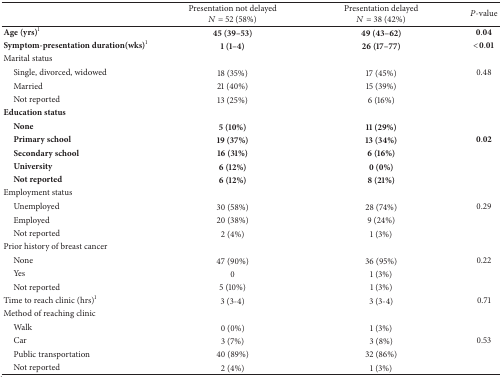
<table><thead><tr><td><b> </b></td><td><b>Presentation not delayed <i>N</i> = 52 (58%)</b></td><td><b>Presentation delayed <i>N</i> = 38 (42%)</b></td><td><b><i>P</i>-value</b></td></tr></thead><tbody><tr><td><b>Age (yrs)</b><sup>1</sup></td><td><b>45 (39–53)</b></td><td><b>49 (43–62)</b></td><td><b>0</b>.<b>04</b></td></tr><tr><td><b>Symptom-presentation duration(wks)</b><sup>1</sup></td><td><b>1 (1–4)</b></td><td><b>26 (17–77)</b></td><td><b>&lt;0</b>.<b>01</b></td></tr><tr><td>Marital status</td><td> </td><td> </td><td> </td></tr><tr><td> Single, divorced, widowed</td><td>18 (35%)</td><td>17 (45%)</td><td>0.48</td></tr><tr><td> Married</td><td>21 (40%)</td><td>15 (39%)</td><td> </td></tr><tr><td> Not reported</td><td>13 (25%)</td><td>6 (16%)</td><td> </td></tr><tr><td><b>Education status</b></td><td> </td><td> </td><td> </td></tr><tr><td> <b>None</b></td><td><b>5 (10%)</b></td><td><b>11 (29%)</b></td><td> </td></tr><tr><td> <b>Primary school</b></td><td><b>19 (37%)</b></td><td><b>13 (34%)</b></td><td><b>0</b>.<b>02</b></td></tr><tr><td> <b>Secondary school</b></td><td><b>16 (31%)</b></td><td><b>6 (16%)</b></td><td> </td></tr><tr><td> <b>University</b></td><td><b>6 (12%)</b></td><td><b>0 (0%)</b></td><td> </td></tr><tr><td> <b>Not reported</b></td><td><b>6 (12%)</b></td><td><b>8 (21%)</b></td><td> </td></tr><tr><td>Employment status</td><td> </td><td> </td><td> </td></tr><tr><td> Unemployed</td><td>30 (58%)</td><td>28 (74%)</td><td>0.29</td></tr><tr><td> Employed</td><td>20 (38%)</td><td>9 (24%)</td><td> </td></tr><tr><td> Not reported</td><td>2 (4%)</td><td>1 (3%)</td><td> </td></tr><tr><td>Prior history of breast cancer</td><td> </td><td> </td><td> </td></tr><tr><td> None</td><td>47 (90%)</td><td>36 (95%)</td><td>0.22</td></tr><tr><td> Yes</td><td>0</td><td>1 (3%)</td><td> </td></tr><tr><td> Not reported</td><td>5 (10%)</td><td>1 (3%)</td><td> </td></tr><tr><td>Time to reach clinic (hrs)<sup>1</sup></td><td>3 (3-4)</td><td>3 (3-4)</td><td>0.71</td></tr><tr><td>Method of reaching clinic</td><td> </td><td> </td><td> </td></tr><tr><td> Walk</td><td>0 (0%)</td><td>1 (3%)</td><td> </td></tr><tr><td> Car</td><td>3 (7%)</td><td>3 (8%)</td><td>0.53</td></tr><tr><td> Public transportation</td><td>40 (89%)</td><td>32 (86%)</td><td> </td></tr><tr><td> Not reported</td><td>2 (4%)</td><td>1 (3%)</td><td> </td></tr></tbody></table>